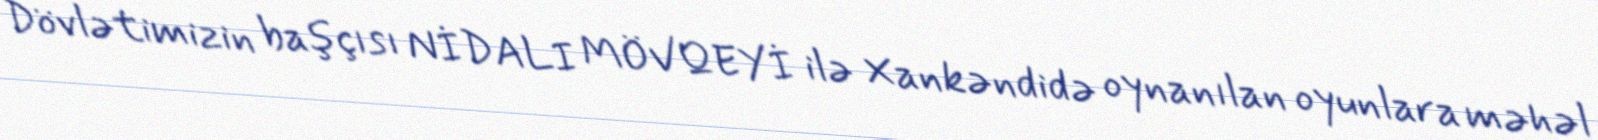
Dövlətimizin başçısı NİDALI MÖVQEYİ ilə Xankəndidə oynanılan oyunlara məhəl